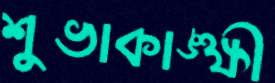
শুভাকাঙ্ক্ষী